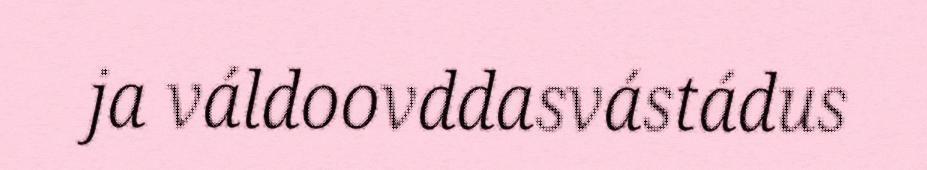
ja váldoovddasvástádus